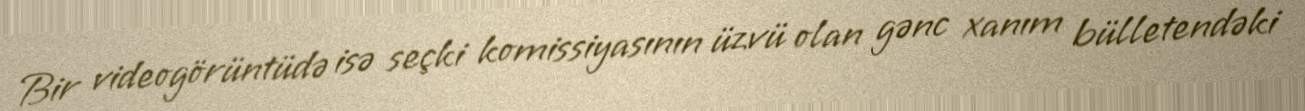
Bir videogörüntüdə isə seçki komissiyasının üzvü olan gənc xanım bülletendəki